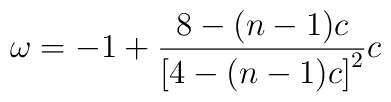
\omega =-1+\frac{8-(n-1)c}{\left[ 4-(n-1)c\right] ^2}c